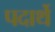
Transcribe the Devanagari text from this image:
पदार्थे